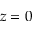
z = 0